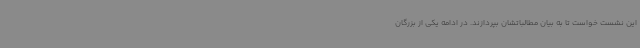
این نشست خواست تا به بیان مطالباتشان بپردازند. در ادامه یکی از بزرگان